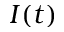
I ( t )